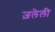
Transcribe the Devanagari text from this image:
ज़लेली